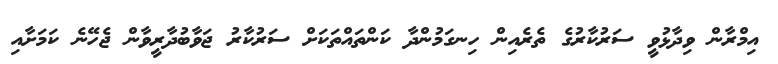
އިމްރާން ވިދާޅުވީ ސަރުކާރުގެ ތެރެއިން ހިނގަމުންދާ ކަންތައްތަކަށް ސަރުކާރު ޖަވާބުދާރީވާން ޖެހޭނެ ކަމަށާއި